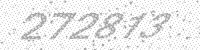
Solution: 272873